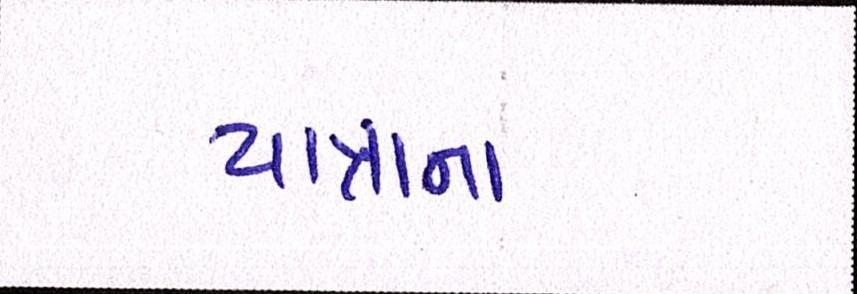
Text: યાત્રાના